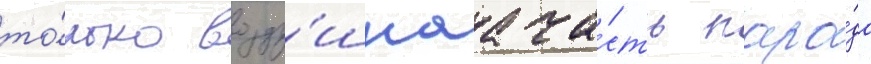
то́лько возду́шнаа ча́сть пара́да